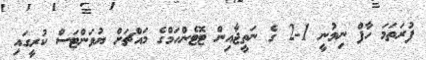
ފުރަތަމަ ހާފް ނިމުނީ 1-2 ގެ ނަތީޖާއިން ޓޮޓެންހަމްގެ މައްޗަށް ޔުވަންޓަސް ކުރީގައި